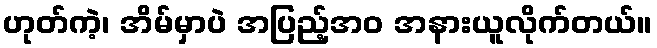
ဟုတ်ကဲ့၊ အိမ်မှာပဲ အပြည့်အဝ အနားယူလိုက်တယ်။